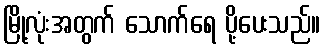
မြို့လုံးအတွက် သောက်ရေ ပို့ပေးသည်။